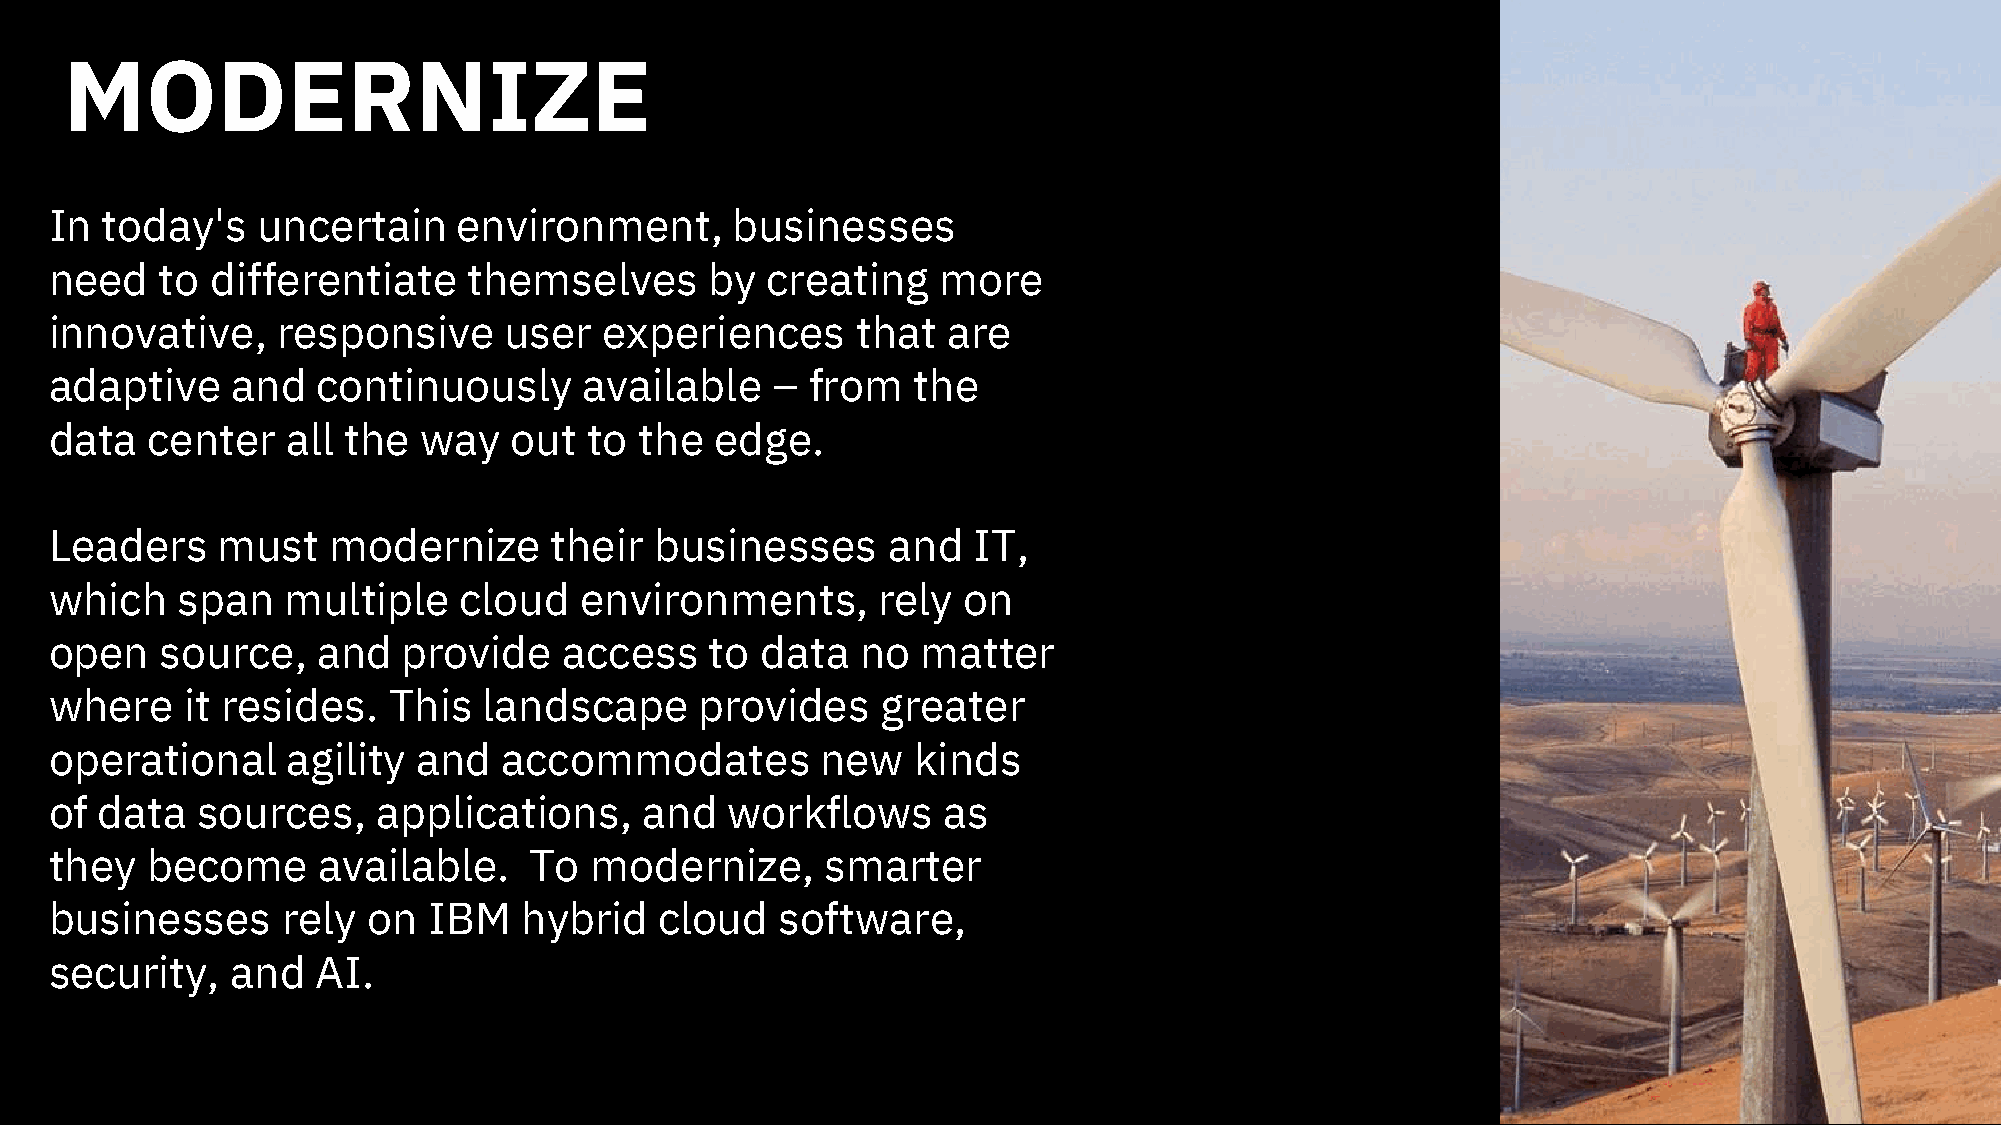
MODERNIZE
 In  today's   uncertain    environment,      businesses
 need    to differentiate    themselves      by  creating   more
 innovative,    responsive     user   experiences      that  are
 adaptive    and   continuously      available   –  from  the
 data   center   all the  way   out  to the  edge.
 Leaders    must    modernize     their  businesses      and  IT,
 which    span   multiple   cloud   environments,       rely  on
 open    source,   and   provide   access    to data   no  matter
 where    it resides.   This  landscape     provides    greater
 operational     agility  and  accommodates         new   kinds
 of data   sources,    applications,     and  workflows     as
 they   become     available.    To  modernize,      smarter
 businesses      rely on  IBM   hybrid    cloud   software,
 security,   and   AI.